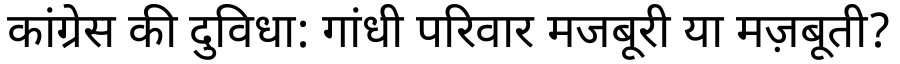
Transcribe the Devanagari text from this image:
कांग्रेस की दुविधा: गांधी परिवार मजबूरी या मज़बूती?